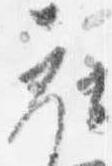
衣